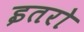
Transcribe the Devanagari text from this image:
इतरो